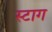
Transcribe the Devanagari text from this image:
स्टाग